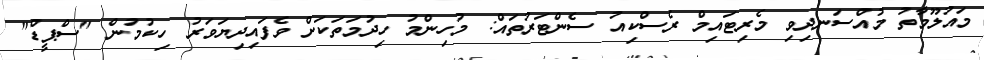
މައުލޫމާތު މުއްސަނދިވި މެރިޓައިމް ރެސްކިއު ސެންޓަރުތައް: މުހިންމު ހިދުމަތަކަށް ވެފައިދިޔަވަރު ހިކުމުން "ސްޕީޑް"